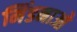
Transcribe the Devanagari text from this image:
मिंडनाओ